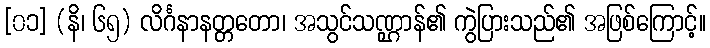
[၀၁] (နိ၊ ၆၅) လိင်္ဂနာနတ္တတော၊ အသွင်သဏ္ဌာန်၏ ကွဲပြားသည်၏ အဖြစ်ကြောင့်။